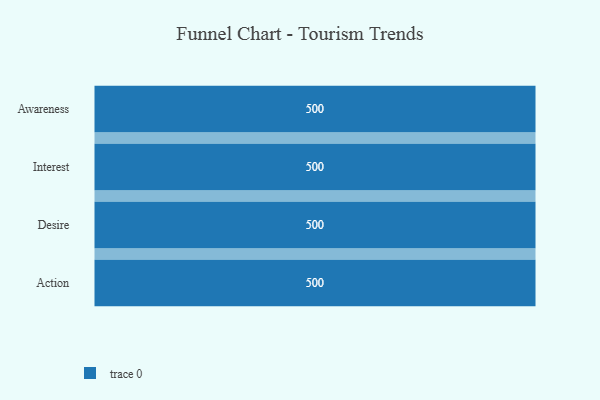
{"axis": {"x": "Stage", "y": "Value"}, "legend": [""], "data": [{"x": "Awareness", "y": 500, "type": ""}, {"x": "Interest", "y": 500, "type": ""}, {"x": "Desire", "y": 500, "type": ""}, {"x": "Action", "y": 500, "type": ""}]}